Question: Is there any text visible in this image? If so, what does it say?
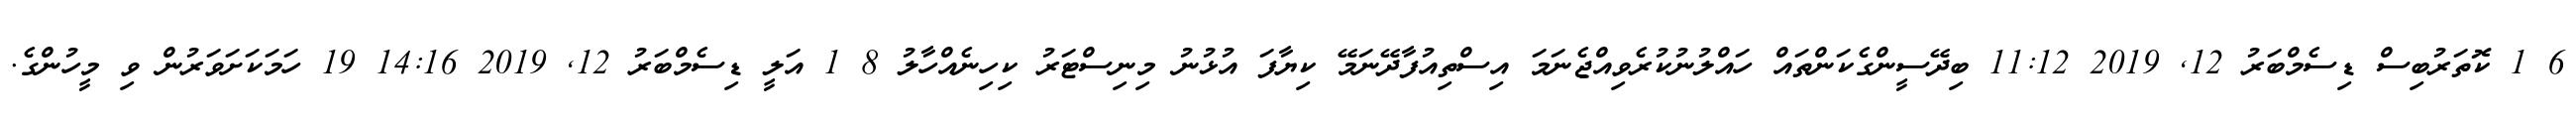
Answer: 6 1 ކޮތަރުބިސް ޑިސެމްބަރު 12, 2019 11:12 ބިދޭސީންގެކަންތައް ހައްލުނުކުރެވިއްޖެނަމަ އިސްތިއުފާދޭނަމޭ ކިޔާފަ އުޅުނު މިނިސްޓަރު ކިހިނެއްހާލު 8 1 އަލީ ޑިސެމްބަރު 12, 2019 14:16 19 ހަމަކަށަވަރުން ވި މީހުންގެ.